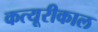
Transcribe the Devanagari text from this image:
कत्यूरीकाल